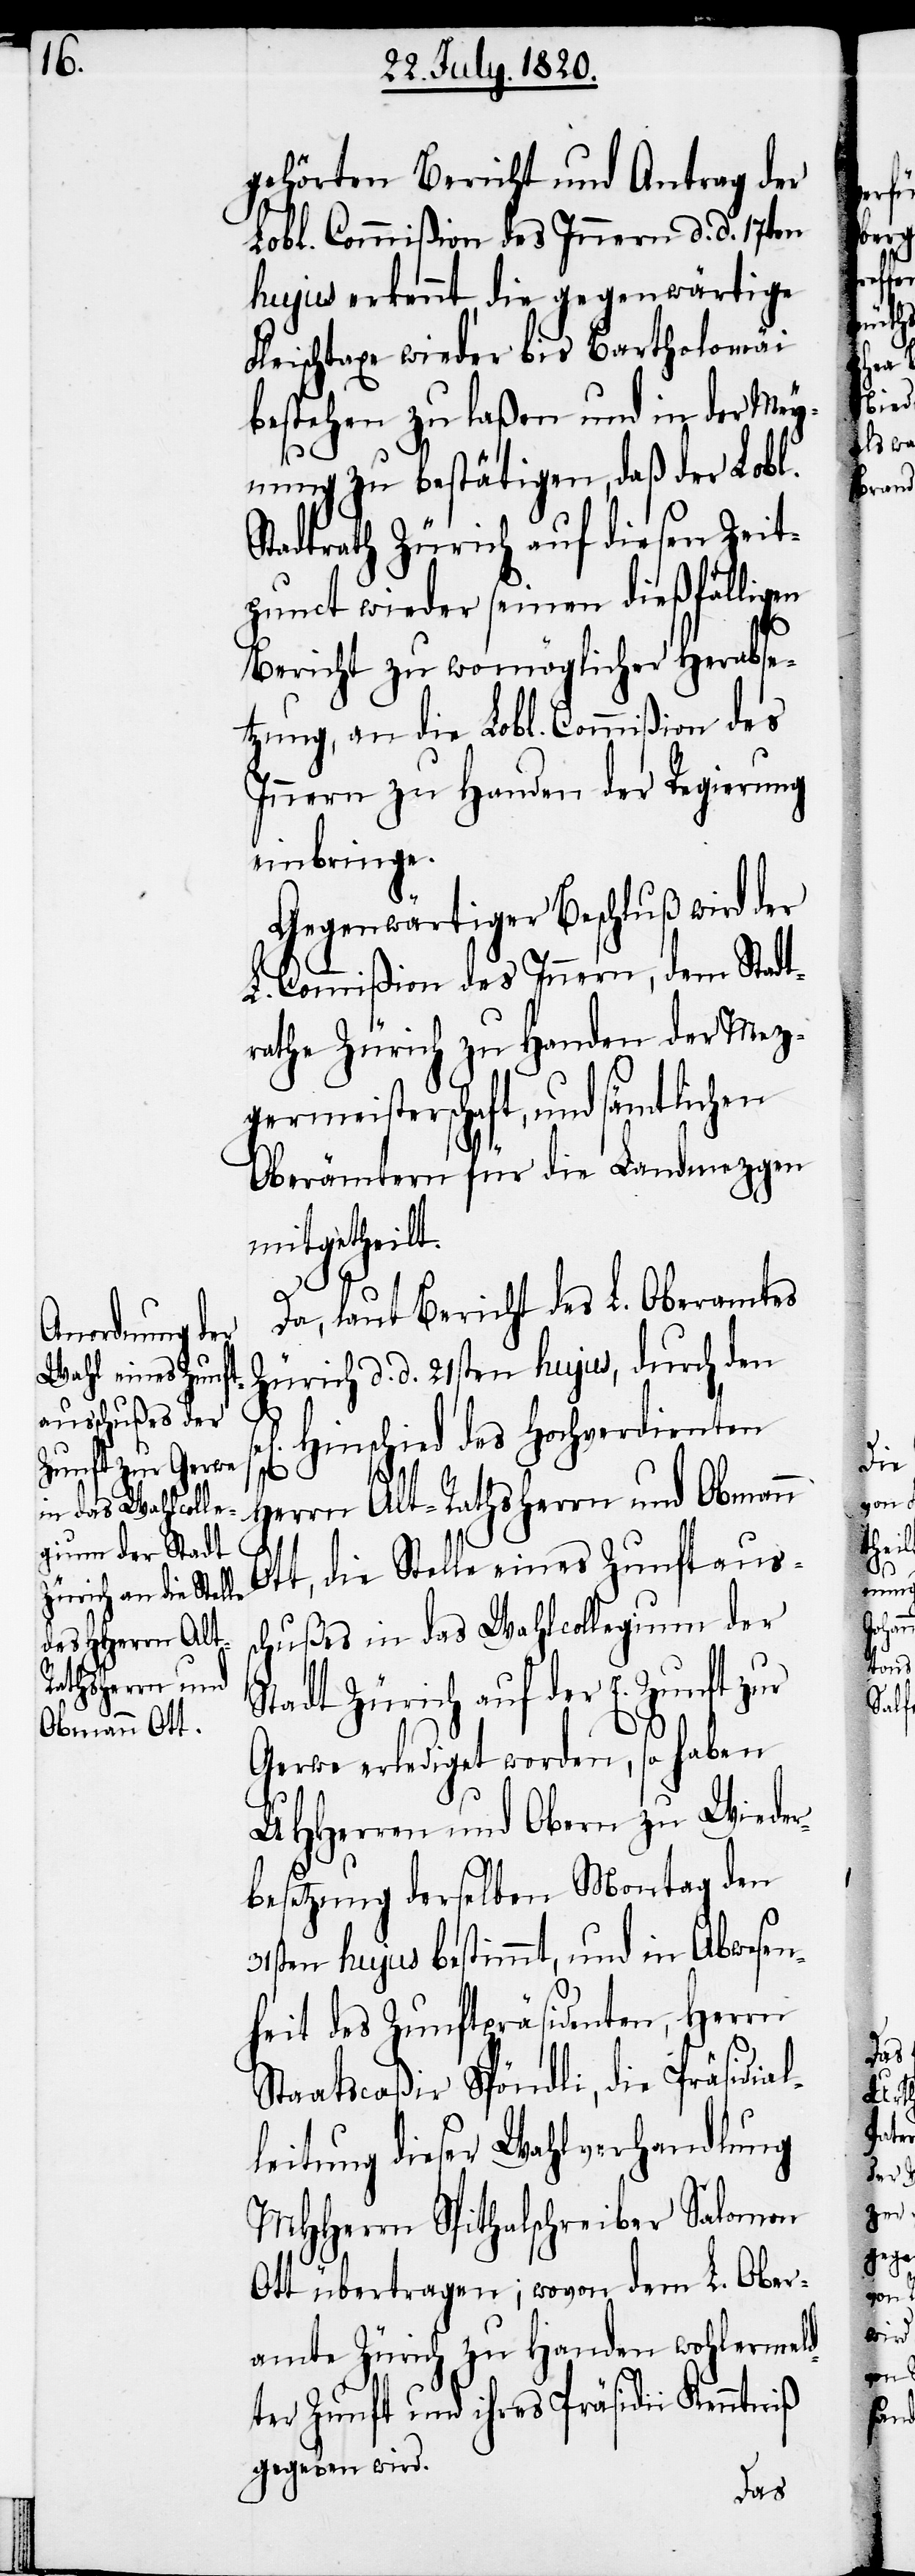
gehörten Bericht und Antrag der
Lobl. Commißion des Innern d. d. 17ten
hujus erkennt, die gegenwärtige
Fleischtaxe wieder bis Bartholomäi
bestehen zu laßen und in der Mey¬
nung zu bestätigen, daß der Lobl.
Stadtrath Zürich auf diesen Zeit¬
punct wieder seinen dießfälligen
Bericht zu womöglicher Herabse¬
tzung, an die Lobl. Commißion des
Innern zu Handen der Regierung
einbringe.
Gegenwärtiger Beschluß wird der
L. Commißion des Innern, dem Stadt¬
rathe Zürich zu Handen der Mez¬
germeisterschaft, und sämtlichen
Oberämtern für die Landmezgen
mitgehteilt.
Da, laut Bericht des L. Oberamtes
Zürich d. d. 21sten hujus, durch den
Hinschied des Hochverdienten
Herrn Alt-Rathsherrn und Obmann
Ott, die Stelle eines Zunftauss¬
chußes in das Wahlcollegium der
Stadt Zürich auf der E. Zunft zur
Gerwe erlediget worden, so haben
UHHerren und Obern zu Wieder¬
besetzung derselben Montag den
31sten hujus bestimmt, und die Abwesen¬
heit des Zunftpräsidenten, Herrn
Staatscaßir Spöndli, die Präsidial¬
leitung dieser Wahlverhandlung
MHHerrn Spithalschreiber Salomon
Ott übertragen; wovon dem L. Ober¬
amte Zürich zu Handen wohlermeld¬
ter Zunft und ihres Präsidii Kenntniß
gegeben wird.